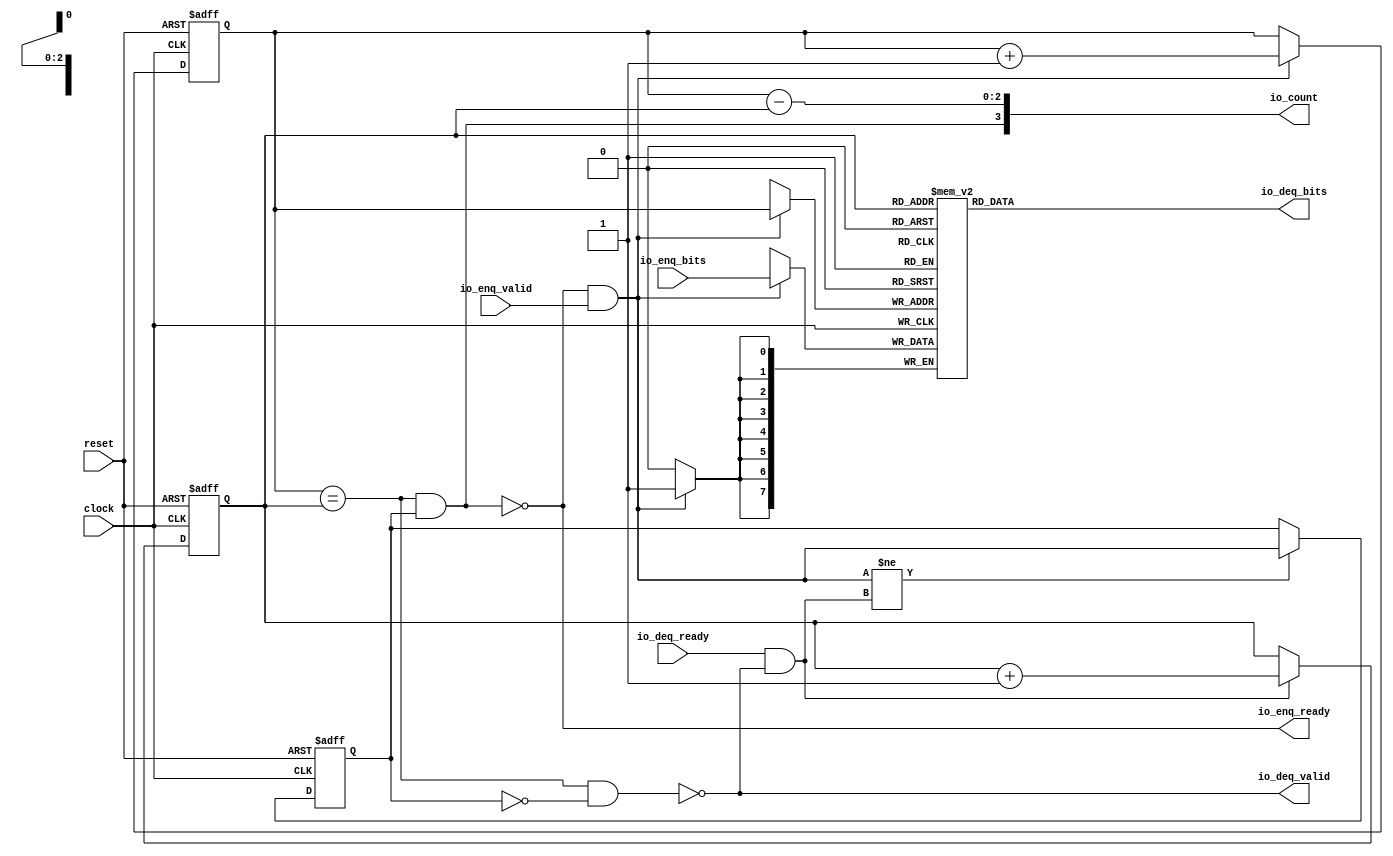
// This program was cloned from: https://github.com/ZhengmingHu/E203_SOC
// License: Apache License 2.0

 /*                                                                      
 Copyright 2018-2020 Nuclei System Technology, Inc.                
                                                                         
 Licensed under the Apache License, Version 2.0 (the "License");         
 you may not use this file except in compliance with the License.        
 You may obtain a copy of the License at                                 
                                                                         
     http://www.apache.org/licenses/LICENSE-2.0                          
                                                                         
  Unless required by applicable law or agreed to in writing, software    
 distributed under the License is distributed on an "AS IS" BASIS,       
 WITHOUT WARRANTIES OR CONDITIONS OF ANY KIND, either express or implied.
 See the License for the specific language governing permissions and     
 limitations under the License.                                          
 */                                                                      
                                                                         
                                                                         
                                                                         
module sirv_queue_1(
  input   clock,
  input   reset,
  output  io_enq_ready,
  input   io_enq_valid,
  input  [7:0] io_enq_bits,
  input   io_deq_ready,
  output  io_deq_valid,
  output [7:0] io_deq_bits,
  output [3:0] io_count
);
  reg [7:0] ram [0:7];
  reg [31:0] GEN_0;
  wire [7:0] ram_T_51_data;
  wire [2:0] ram_T_51_addr;
  wire [7:0] ram_T_35_data;
  wire [2:0] ram_T_35_addr;
  wire  ram_T_35_mask;
  wire  ram_T_35_en;
  reg [2:0] T_27;
  reg [31:0] GEN_1;
  reg [2:0] T_29;
  reg [31:0] GEN_2;
  reg  maybe_full;
  reg [31:0] GEN_3;
  wire  ptr_match;
  wire  T_32;
  wire  empty;
  wire  full;
  wire  T_33;
  wire  do_enq;
  wire  T_34;
  wire  do_deq;
  wire [3:0] T_39;
  wire [2:0] T_40;
  wire [2:0] GEN_4;
  wire [3:0] T_44;
  wire [2:0] T_45;
  wire [2:0] GEN_5;
  wire  T_46;
  wire  GEN_6;
  wire  T_48;
  wire  T_50;
  wire [3:0] T_52;
  wire [2:0] ptr_diff;
  wire  T_53;
  wire [3:0] T_54;
  assign io_enq_ready = T_50;
  assign io_deq_valid = T_48;
  assign io_deq_bits = ram_T_51_data;
  assign io_count = T_54;
  assign ram_T_51_addr = T_29;
  assign ram_T_51_data = ram[ram_T_51_addr];
  assign ram_T_35_data = io_enq_bits;
  assign ram_T_35_addr = T_27;
  assign ram_T_35_mask = do_enq;
  assign ram_T_35_en = do_enq;
  assign ptr_match = T_27 == T_29;
  assign T_32 = maybe_full == 1'h0;
  assign empty = ptr_match & T_32;
  assign full = ptr_match & maybe_full;
  assign T_33 = io_enq_ready & io_enq_valid;
  assign do_enq = T_33;
  assign T_34 = io_deq_ready & io_deq_valid;
  assign do_deq = T_34;
  assign T_39 = T_27 + 3'h1;
  assign T_40 = T_39[2:0];
  assign GEN_4 = do_enq ? T_40 : T_27;
  assign T_44 = T_29 + 3'h1;
  assign T_45 = T_44[2:0];
  assign GEN_5 = do_deq ? T_45 : T_29;
  assign T_46 = do_enq != do_deq;
  assign GEN_6 = T_46 ? do_enq : maybe_full;
  assign T_48 = empty == 1'h0;
  assign T_50 = full == 1'h0;
  assign T_52 = T_27 - T_29;
  assign ptr_diff = T_52[2:0];
  assign T_53 = maybe_full & ptr_match;
  assign T_54 = {T_53,ptr_diff};

  always @(posedge clock) begin // The RAM block does not need reset
    if(ram_T_35_en & ram_T_35_mask) begin
      ram[ram_T_35_addr] <= ram_T_35_data;
    end
  end

  always @(posedge clock or posedge reset)
    if (reset) begin
      T_27 <= 3'h0;
    end else begin
      if (do_enq) begin
        T_27 <= T_40;
      end
    end

  always @(posedge clock or posedge reset)
    if (reset) begin
      T_29 <= 3'h0;
    end else begin
      if (do_deq) begin
        T_29 <= T_45;
      end
    end

  always @(posedge clock or posedge reset)
    if (reset) begin
      maybe_full <= 1'h0;
    end else begin
      if (T_46) begin
        maybe_full <= do_enq;
      end
    end

endmodule